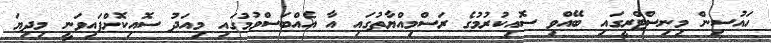
ހައުސިން މިނިސްޓްރީގައި ބޭއްވި ސޮއިކުރުމުގެ ރަސްމިއްޔާތުގައި އާ އެއްބަސްވުމުގައި މިއަދު ސޮއިކޮށްފައިވަނީ މިދިޔަ